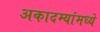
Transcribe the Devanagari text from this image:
अकादम्यांमध्ये